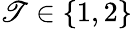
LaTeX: \mathscr{T}\in\{ 1,2\}